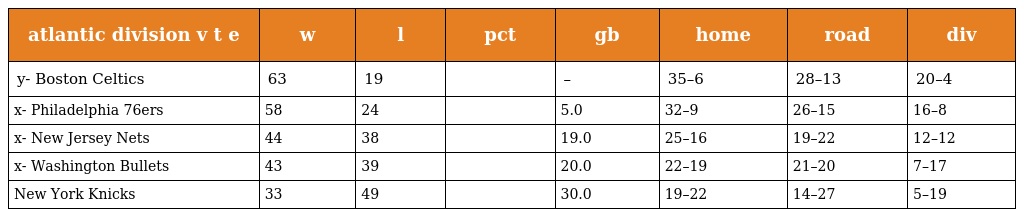
| atlantic division v t e | w | l | pct | gb | home | road | div |
 | --- | --- | --- | --- | --- | --- | --- | --- |
 | y- Boston Celtics | 63 | 19 |  | – | 35–6 | 28–13 | 20–4 |
 | x- Philadelphia 76ers | 58 | 24 |  | 5.0 | 32–9 | 26–15 | 16–8 |
 | x- New Jersey Nets | 44 | 38 |  | 19.0 | 25–16 | 19–22 | 12–12 |
 | x- Washington Bullets | 43 | 39 |  | 20.0 | 22–19 | 21–20 | 7–17 |
 | New York Knicks | 33 | 49 |  | 30.0 | 19–22 | 14–27 | 5–19 |